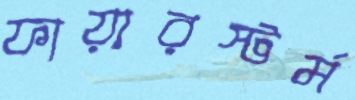
ফায়ারস্টর্ম